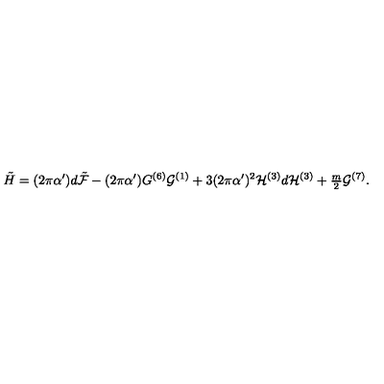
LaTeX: \tilde { H } = ( 2 \pi \alpha ^ { \prime } ) d \tilde { \cal F } - ( 2 \pi \alpha ^ { \prime } ) G ^ { ( 6 ) } { \cal G } ^ { ( 1 ) } + 3 ( 2 \pi \alpha ^ { \prime } ) ^ { 2 } { \cal H } ^ { ( 3 ) } d { \cal H } ^ { ( 3 ) } + { \textstyle \frac { m } { 2 } } { \cal G } ^ { ( 7 ) } .